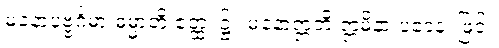
မနောပုဗ္ဗင်္ဂမာ ဓမ္မာတိ ဧတ္ထ၊ ၌။ မနောဣတိ ဣမိနာ ပဒေန၊ ဖြင့်။